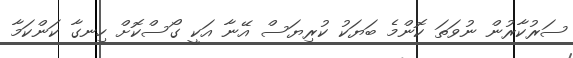
ސަރުކާރުން ނުވަތަ ކޮންމެ ބަޔަކު ކުރިޔަސް އޭނާ އަކީ ގޯސްކޮށް ހިނގާ ކަންކަމާ